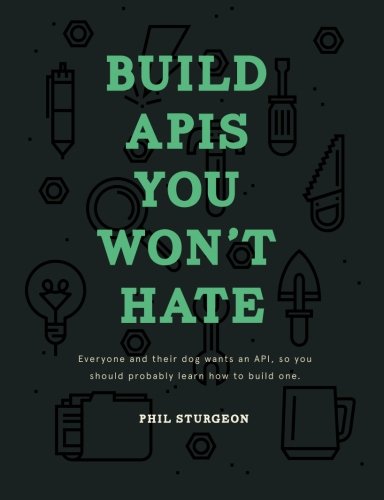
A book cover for Build APIs You Won't Hate: Everyone and their dog wants an API, so you should probably learn how to build them; Phil Sturgeon; Computers & Technology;